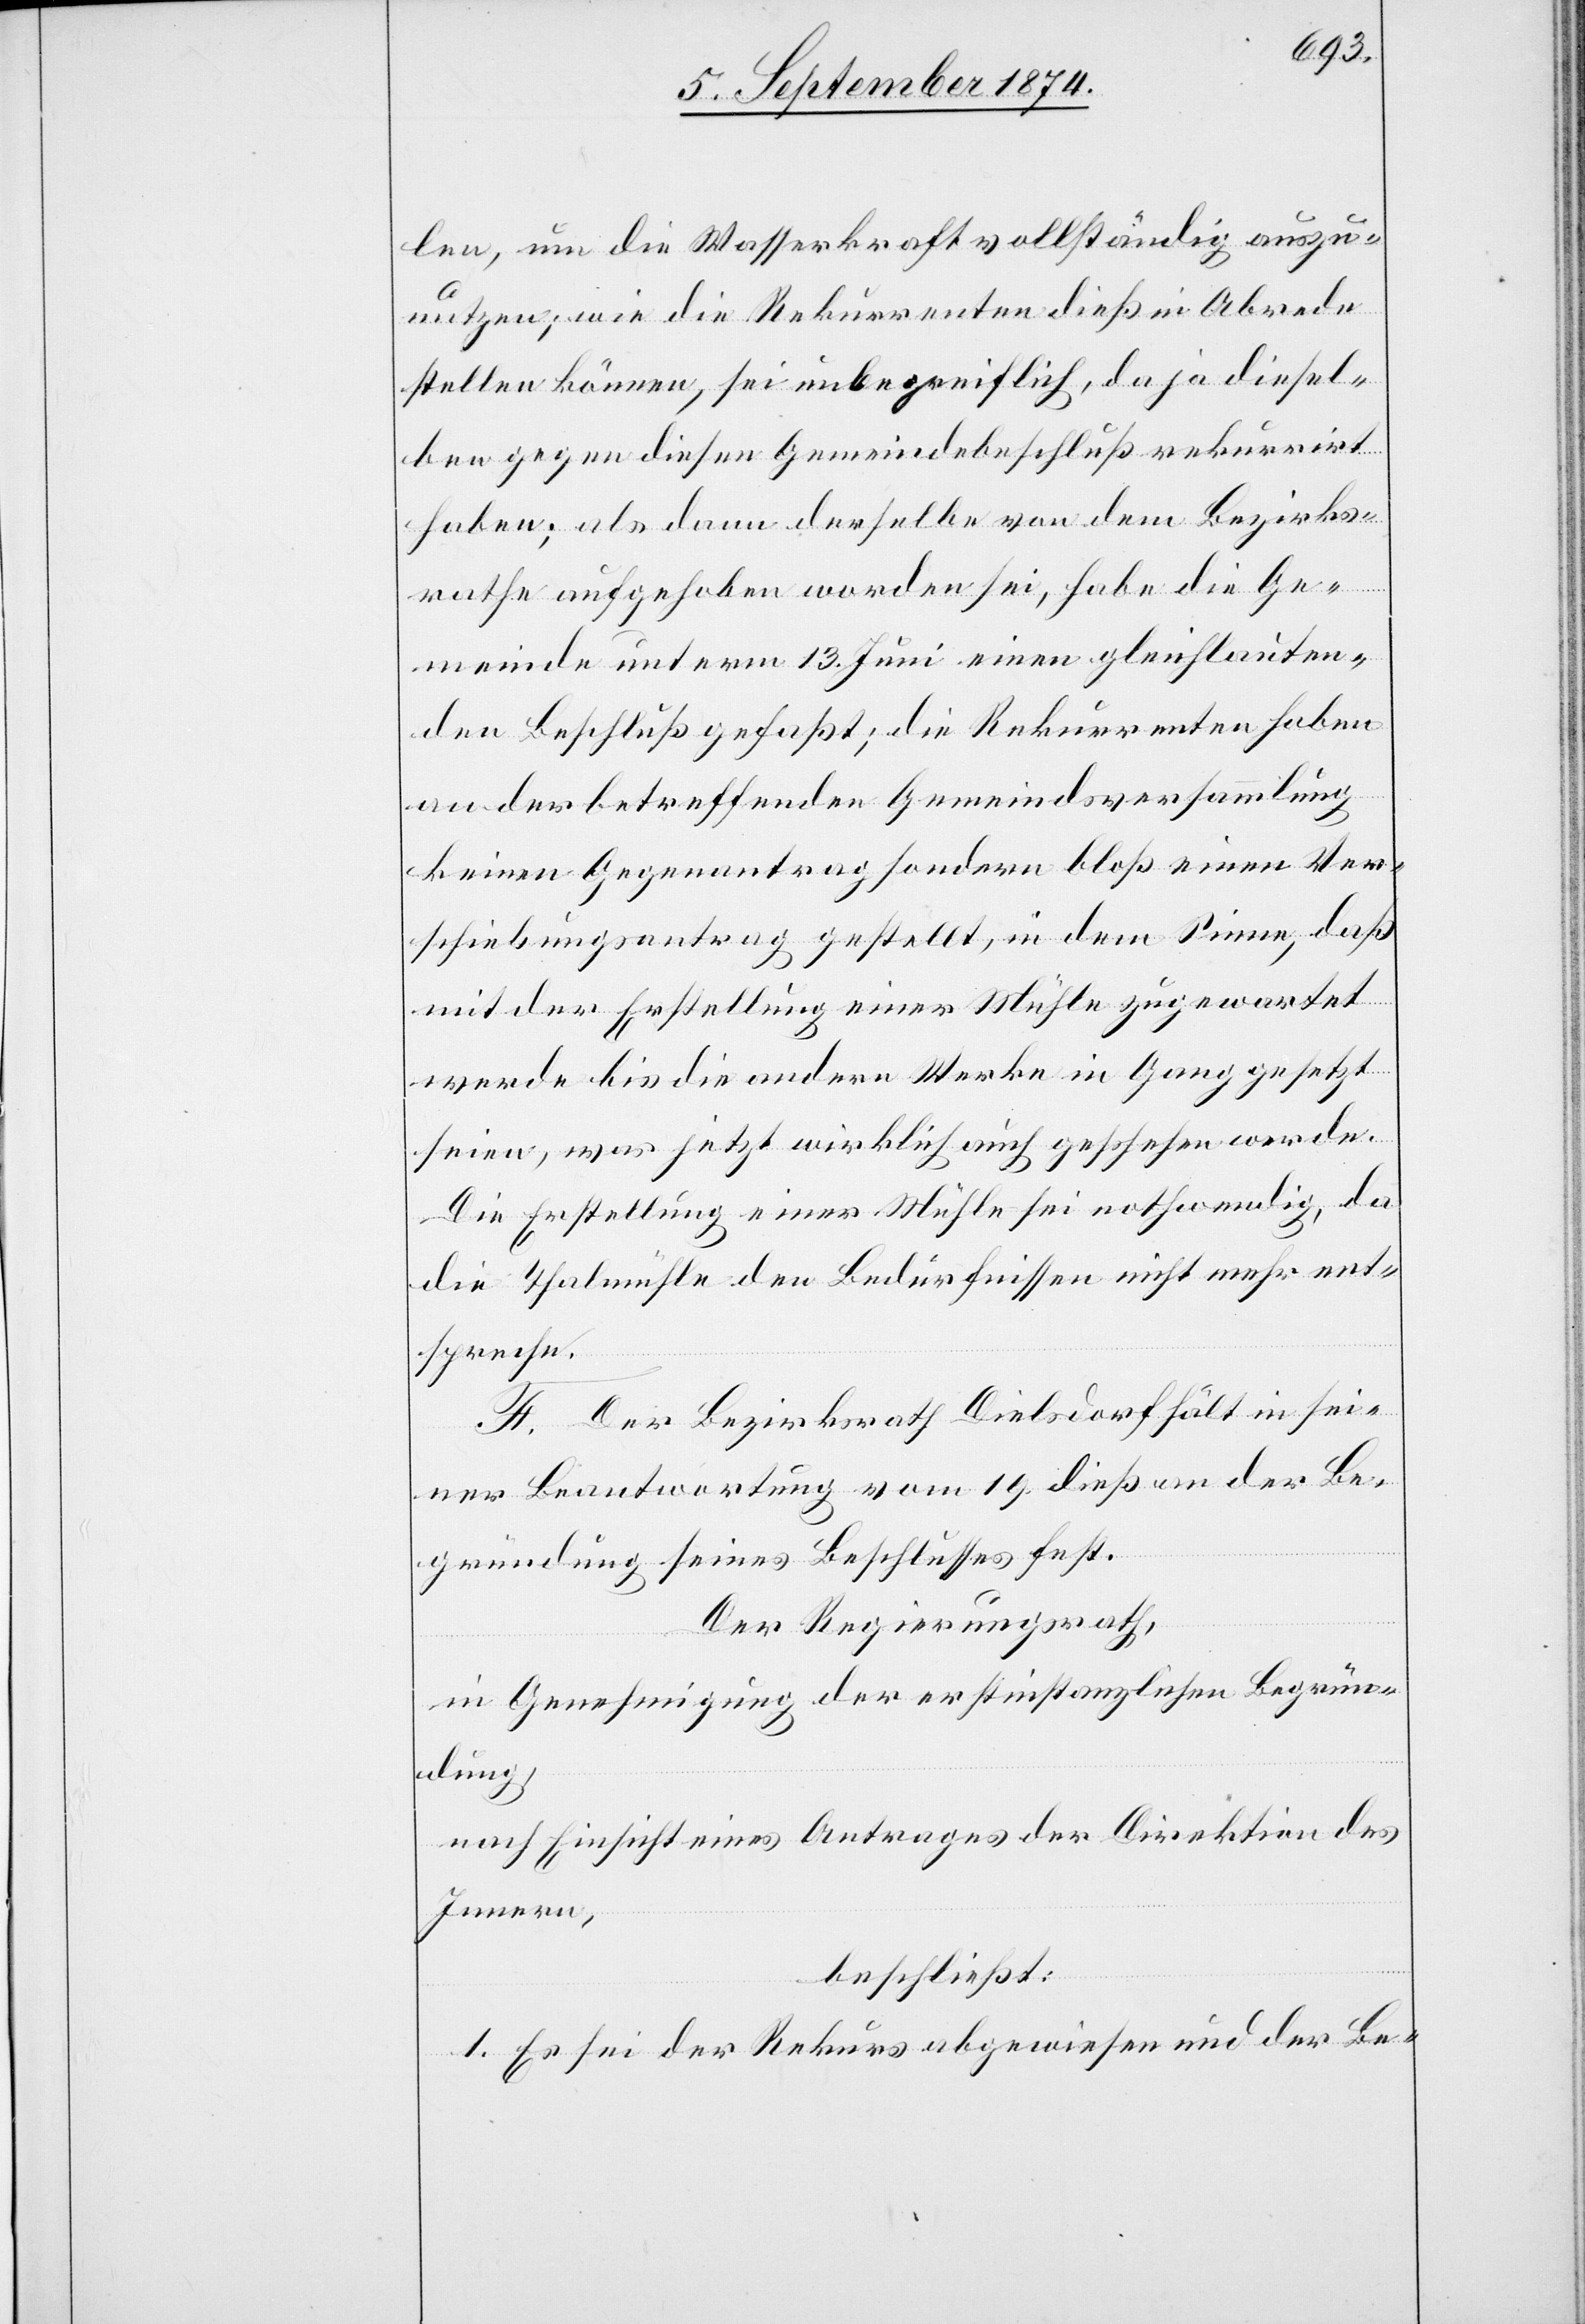
len, um die Wasserkraft vollständig auszu¬
nutzen; wie die Rekurrenten dieß in Abrede
stellen können, sei unbegreiflich, da ja diesel¬
ben gegen diesen Gemeindebeschluß rekurrirt
haben; als dann derselbe von dem Bezirks¬
rathe aufgehoben worden sei, habe die Ge¬
meinde unterm 13. Juni einen gleichlauten¬
den Beschluß gefaßt; die Rekurrenten haben
an der betreffenden Gemeindsversammlung
keinen Gegenantrag sondern bloß einen Ver¬
schiebungsantrag gestellt, in dem Sinne, daß
mit der Erstellung einer Mühle zugewartet
werde bis die andern Werke in Gang gesetzt
seien, was jetzt wirklich auch geschehen werde.
Die Erstellung einer Mühle sei nothwendig, da
die Thalmühle den Bedürfnissen nicht mehr ent¬
spreche.
F. Der Bezirksrath Dielsdorf hält in sei¬
ner Beantwortung vom 19. dieß an der Be¬
gründung seines Beschlusses fest.
Der Regierungsrath,
in Genehmigung der erstinstanzlichen Begrün¬
dung,
nach Einsicht eines Antrages der Direktion des
Innern,
beschließt:
1. Es sei der Rekurs abgewiesen und der Be-